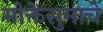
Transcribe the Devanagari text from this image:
मोक्तेसुमाचे